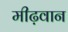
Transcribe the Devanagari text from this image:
मीढ़वान